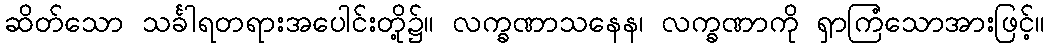
ဆိတ်သော သင်္ခါရတရားအပေါင်းတို့၌။ လက္ခဏာသနေန၊ လက္ခဏာကို ရှာကြံသောအားဖြင့်။